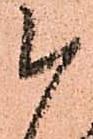
被